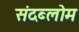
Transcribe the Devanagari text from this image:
संदब्लोम